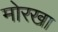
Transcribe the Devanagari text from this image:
मोरखा